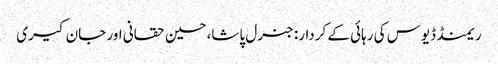
ریمنڈ ڈیوس کی رہائی کے کردار: جنرل پاشا،حسین حقانی اور جان کیری